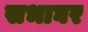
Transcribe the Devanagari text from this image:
सभाघर